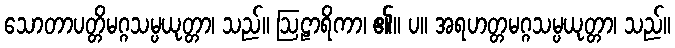
သောတာပတ္တိမဂ္ဂသမ္ပယုတ္တာ၊ သည်။ ဩဠာရိကာ၊ ၏။ ပ။ အရဟတ္တမဂ္ဂသမ္ပယုတ္တာ၊ သည်။